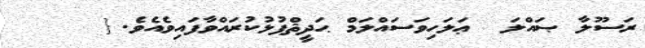
ރަސޫލާ ޞައްލަ  ޢަލަހިވަސައްލަމް ޙަދީޘްފުޅުކުރައްވާފައިވެއެވެ.{